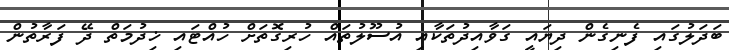
ބަދަލުގައި ފެނިގެން ދިޔައީ ގަވާއިދުތަކާއި އުސޫލުތައް ހުރިގޮތަށް ހުއްޓައި ޚިދުމަތް ދޭ ފަރާތުން